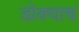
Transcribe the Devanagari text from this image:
डोक्याच